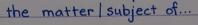
the matter / subject of ...